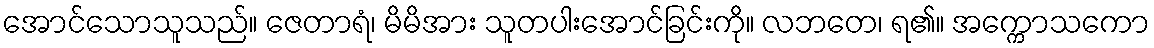
အောင်သောသူသည်။ ဇေတာရံ၊ မိမိအား သူတပါးအောင်ခြင်းကို။ လဘတေ၊ ရ၏။ အက္ကောသကော